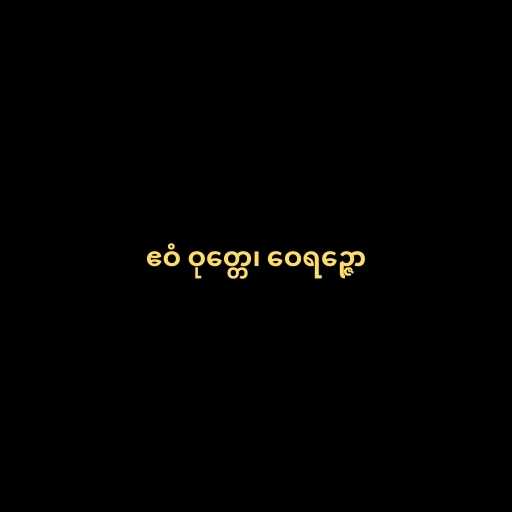
ဧဝံ ဝုတ္တေ၊ ဝေရဉ္ဇော